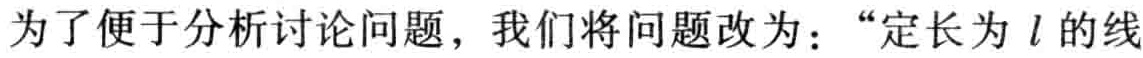
为了便于分析讨论问题，我们将问题改为：“定长为 \(l\) 的线